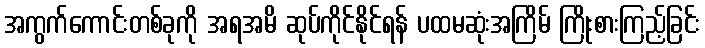
အကွက်ကောင်းတစ်ခုကို အရအမိ ဆုပ်ကိုင်နိုင်ရန် ပထမဆုံးအကြိမ် ကြိုးစားကြည့်ခြင်း